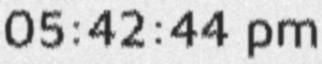
05:42:44 pm